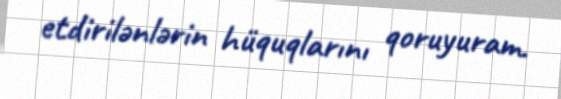
etdirilənlərin hüquqlarını qoruyuram.